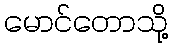
မောင်တောသို့